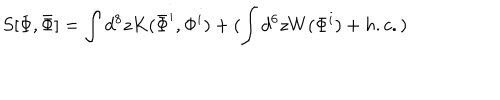
LaTeX: S [ \Phi , \bar { \Phi } ] = \int d ^ { 8 } z K ( \bar { \Phi } ^ { i } , \Phi ^ { i } ) + ( \int d ^ { 6 } z W ( \Phi ^ { i } ) + h . c . )